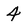
Character: 4